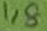
Text: 1,8